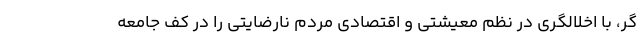
گر، با اخلالگری در نظم معیشتی و اقتصادی مردم نارضایتی را در کف جامعه